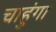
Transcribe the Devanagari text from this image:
चाहुंगा